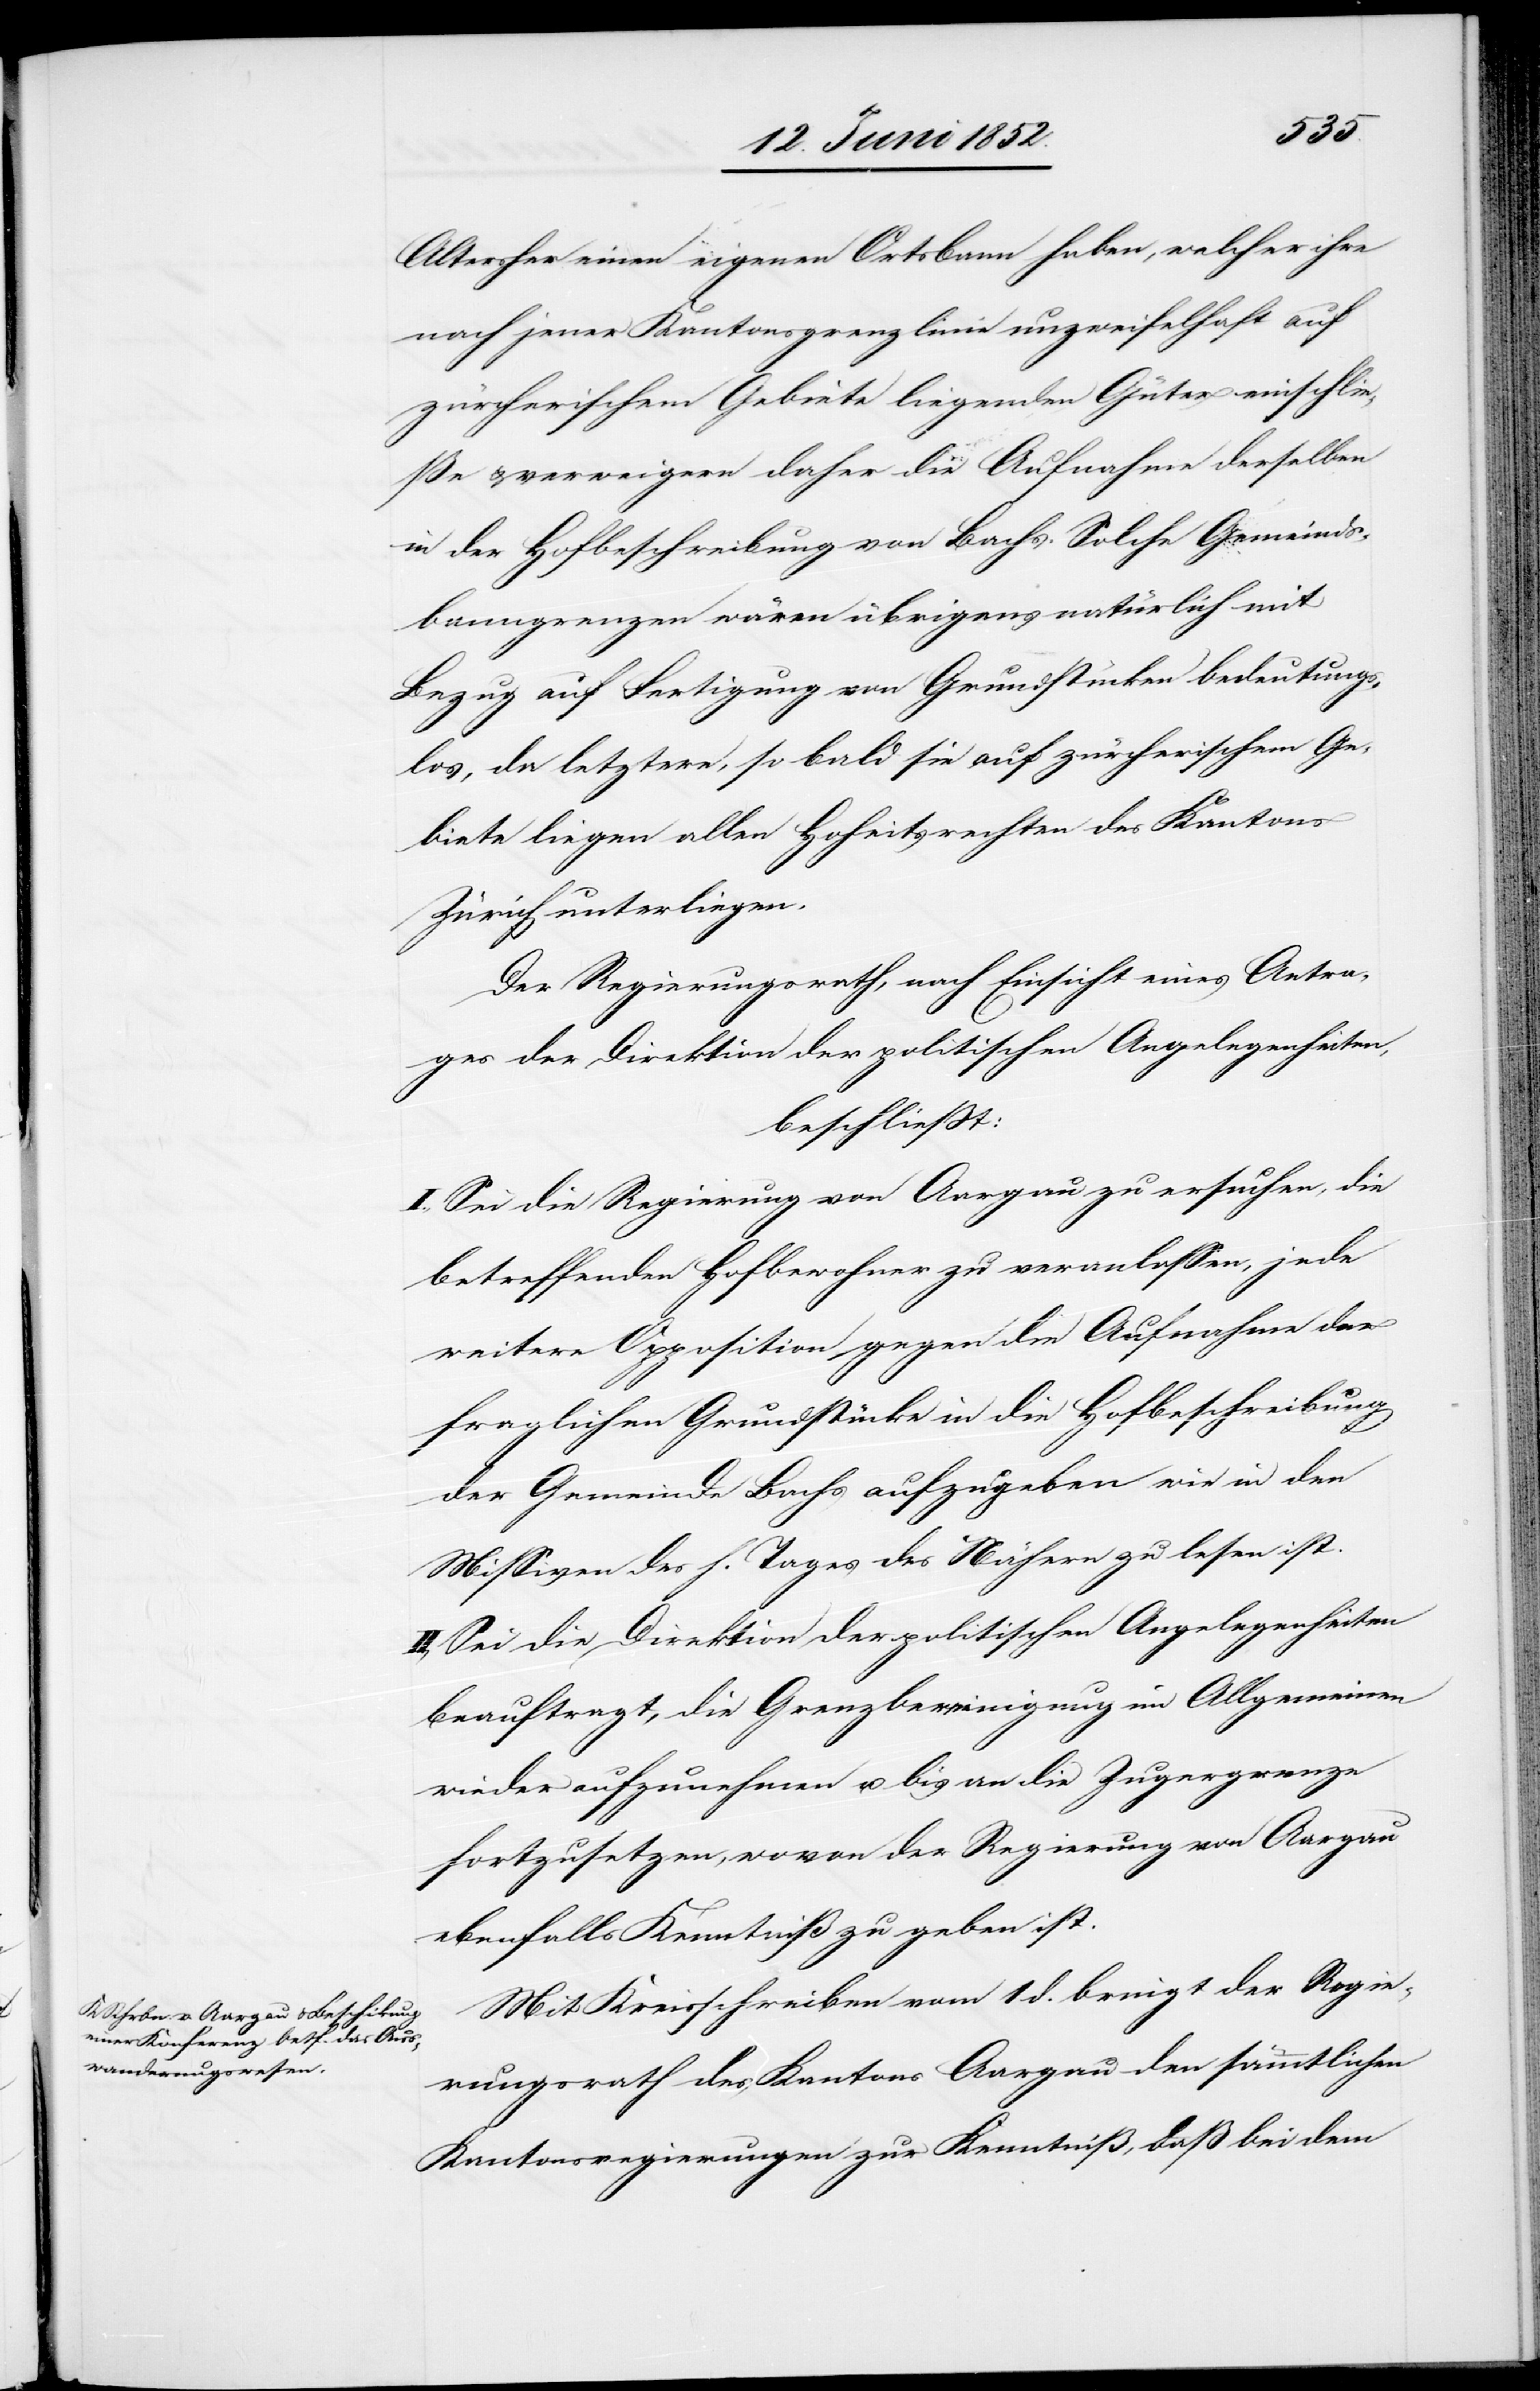
Altersher einen eigenen Ortsbann haben, welcher ihre
nach jener Kantonsgrenzlinie unzweifelhaft auf
zürcherischem Gebiete liegenden Güter einschlie¬
ße & verweigern daher die Aufnahme derselben
in der Hofbeschreibung von Bachs. Solche Gemeinds¬
banngrenzen wären übrigens natürlich mit
Bezug auf Fertigung von Grundstücken bedeutungs¬
los, da letztere, so bald sie auf zürcherischem Ge¬
biete liegen allen Hoheitsrechten des Kantons
Zürich unterliegen.
Der Regierungsrath, nach Einsicht eines Antra¬
ges der Direktion der politischen Angelegenheiten,
beschliesst:
I., Sei die Regierung von Aargau zu ersuchen, die
betreffenden Hofbewohner zu veranlassen, jede
weitere Opposition gegen die Aufnahme der
fraglichen Grundstücke in die Hofbeschreibung
der Gemeinde Bachs aufzugeben wie in den
Missiven des h. Tages des Nähern zu lesen ist.
II, Sei die Direktion der politischen Angelegenheiten
beauftragt, die Grenzbereinigung im Allgemeinen
wieder aufzunehmen u. bis an die Zugergrenze
fortzusetzen, wovon der Regierung von Aargau
ebenfalls Kenntniß zu geben ist.
Mit Kreisschreiben vom 1 d. bringt der Regie¬
rungsrath des Kantons Aargau den sämmtlichen
Kantonsregierungen zur Kenntniß, daß bei dem